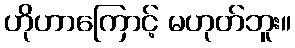
ဟိုဟာကြောင့် မဟုတ်ဘူး။